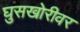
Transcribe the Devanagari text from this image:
घुसखोरीवर